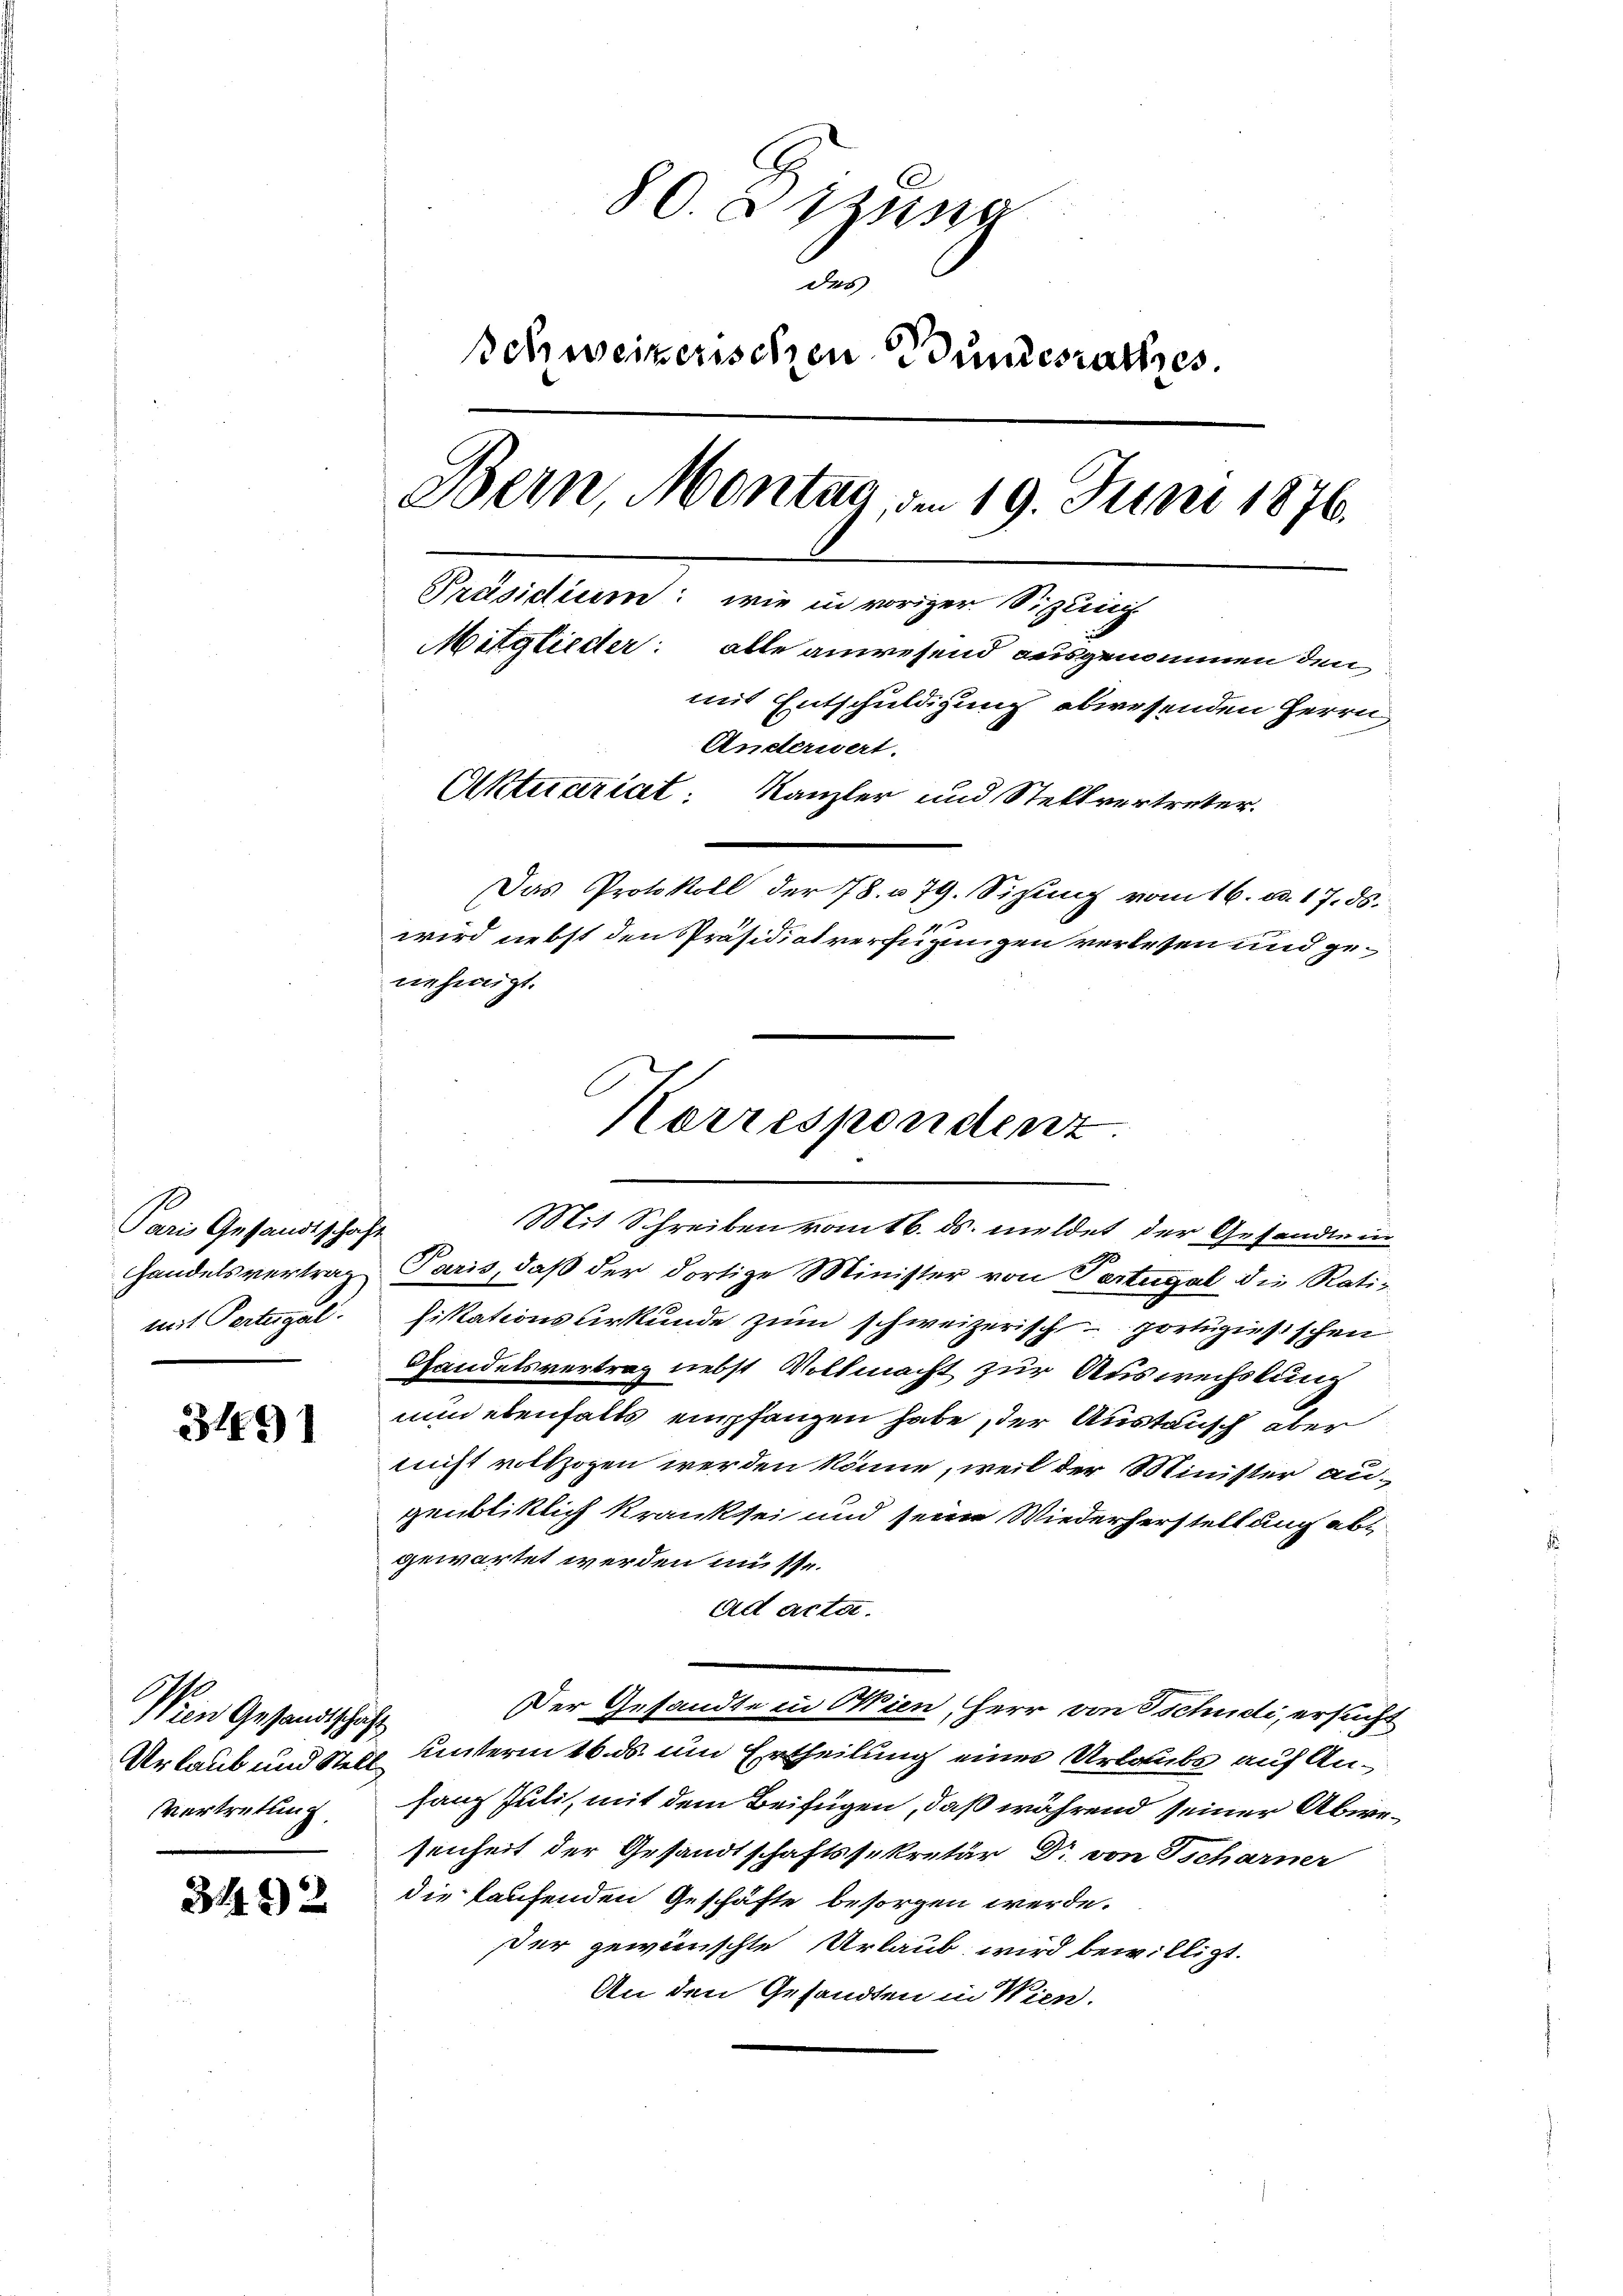
Paris Gesandtschaft
Handelsvertrag
mit Partengel

3491

Nein Gesandtschäft
Urlaub und Stell
Vertretung

3492

80. zusa
des
schweizerischen Bundesrathes.
Bern, Montag, den 19. Juni 1876.
Präsidium: wie in voriger Sizeich
Mitglieder: alle anwesend ausgenommen den
mit Entschuldigung abwesenden Herrn
Anderwert.
Aktuariat: Kanzler und Stellvertreter.
Das Protokoll der 78. u. 79. Sitzung vom 16. d. 17. ds.
wird nebst den Präsidiat verfügungen verlesen und genehmigt.

Paris, daß der dortige Minister von Portugal die Ratifikationsurkunde zum schweizerisch portiziesischen
Handelsvertrag nebst Vollmacht zur Auswechslung
nun ebenfalls empfanzen habe, der Austausch aber
nicht vollzogen werden könne, weil der Minister augenbliklich kranksei und seine Wiederherstellung abgewartet werden müsse.
ad acta.
Der Gesandte in Wien, Herr von Tschudi, ersucht
unterm 16. ds. um Ertheilung einer Urlaubs auf Anfang Juli, mit dem Beifügen, daß während seiner Abwesenheit der Gesandtschaftssekretär Dr von Tscharner
die kaufenden Geschäfte besorgen werde.
der gewünschte Urlaub wird bewilligt.
An den Gesandten in Wien.

Korrespondenz
Mit Schreiben vom 16. ds. meldet der Gesandte in